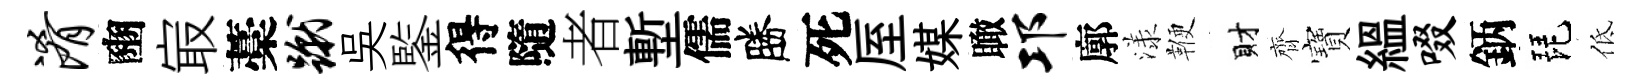
淆豳㝡藁蹴吳鍳得隨者塹儒勝死厔媒瞰邛廓漾鞭財齊寶緼啜鈵琵低